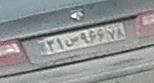
۳۱س۹۶۶۷۸